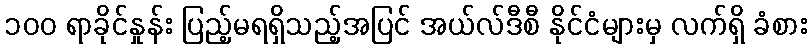
၁၀၀ ရာခိုင်နှုန်း ပြည့်မရရှိသည့်အပြင် အယ်လ်ဒီစီ နိုင်ငံများမှ လက်ရှိ ခံစား